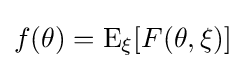
{\textstyle f(\theta )=\operatorname {E} _{\xi }[F(\theta ,\xi )]}